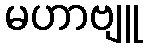
မဟာဗျူ